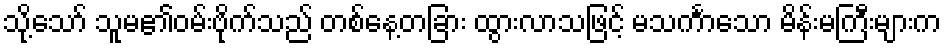
သို့သော် သူမ၏ဝမ်းဗိုက်သည် တစ်နေ့တခြား ထွားလာသဖြင့် မသင်္ကာသော မိန်းမကြီးများက